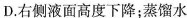
D.右侧液面高度下降；蒸馏水